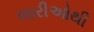
લારીઓથી